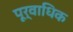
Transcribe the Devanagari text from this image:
पूर्वाधिक